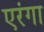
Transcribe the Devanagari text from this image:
एरंगा